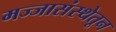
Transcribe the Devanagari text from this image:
मज्जासंस्थेतून